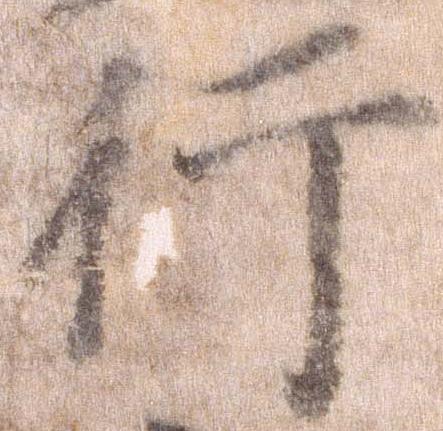
行